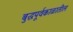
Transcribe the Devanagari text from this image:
बुद्धपूर्वकाळातील